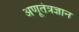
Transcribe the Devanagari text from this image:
अणूतंत्रज्ञान